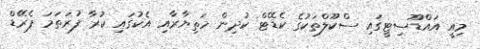
މިއީ އަައްޑޫސިޓީގައި ސްކޫލްތަކުގެ ކެޑޭޓް ކުދިން ހަތިޔާރާއި އެކުގައި ކުރާ ފުރަތަމަ ޕެރޭޑް